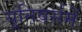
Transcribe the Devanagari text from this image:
यूनिवर्समें